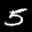
Label: 5